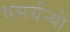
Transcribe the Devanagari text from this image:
धमर्ग्रन्थों